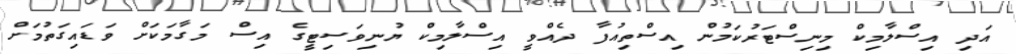
އަދި އިސްލާމިކް މިނިސްޓަރުކަމުން އިސްތިއުފާ ދެއްވީ އިސްލާމިކް ޔުނިވަސިޓީގެ އިސް މަގާމަކަށް ވަޑައިގަތުމަށް